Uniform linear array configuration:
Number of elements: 4
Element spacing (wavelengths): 0.5
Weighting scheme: exponential
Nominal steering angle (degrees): -60
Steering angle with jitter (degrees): -59.058
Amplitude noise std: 0.05
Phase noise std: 0.05

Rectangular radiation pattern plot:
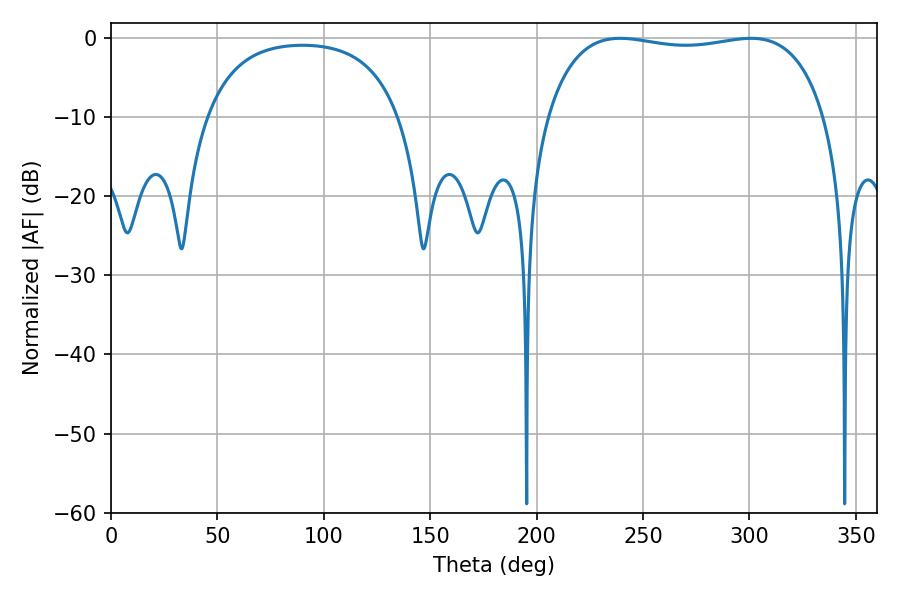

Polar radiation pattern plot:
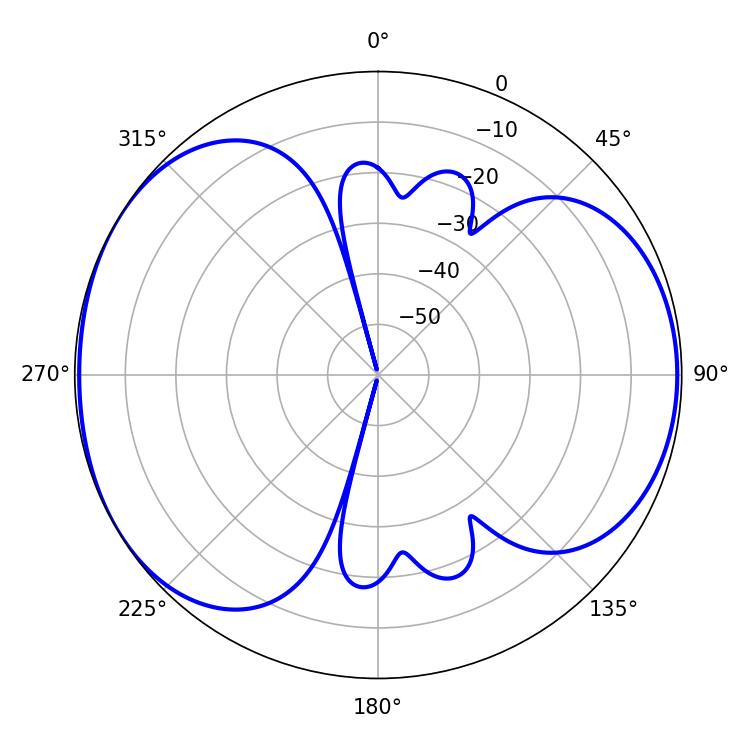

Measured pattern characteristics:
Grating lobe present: FALSE
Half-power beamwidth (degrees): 105.48
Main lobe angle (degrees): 239.22